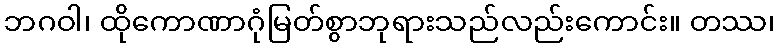
ဘဂဝါ၊ ထိုကောဏာဂုံမြတ်စွာဘုရားသည်လည်းကောင်း။ တဿ၊